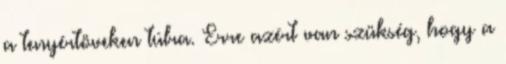
a tenyértöveken túlra. Erre azért van szükség, hogy a